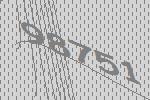
98751